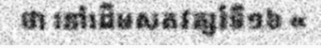
ថា នៅដើមសតវត្សរ៍ទី១៦ «